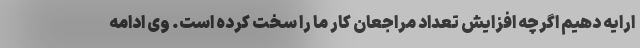
ارایه دهیم اگرچه افزایش تعداد مراجعان کار ما را سخت کرده است. وی ادامه